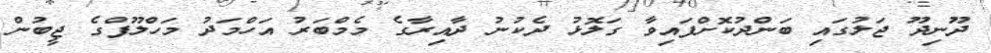
ދޫނިދޫ ޖަލުގައި ބަންދުކޮށްފައިވާ ގަލޮޅު ދެކުނު ދާއިރާގެ މެމްބަރު އަހްމަދު މަހްލޫފްގެ ޖީބުން